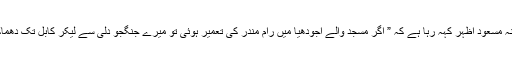
آڈیو میں جیش محمد کا سرغنہ مسعود اظہر کہہ رہا ہے کہ ” اگر مسجد والے اجودھیا میں رام مندر کی تعمیر ہوئی تو میرے جنگجو دلی سے لیکر کابل تک دھماکے سے تباہی مچا دیں گے’۔